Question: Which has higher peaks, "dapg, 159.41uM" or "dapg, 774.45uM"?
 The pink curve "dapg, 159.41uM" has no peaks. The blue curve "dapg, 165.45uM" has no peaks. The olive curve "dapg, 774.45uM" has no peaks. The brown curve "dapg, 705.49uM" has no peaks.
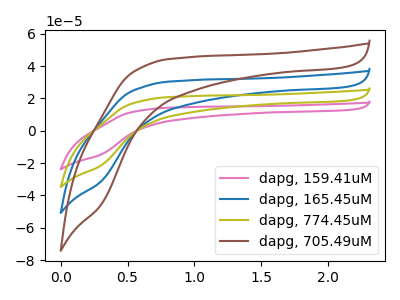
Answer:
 <answer>Niether CV has any peaks.</answer>
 <eval>blanks</eval>